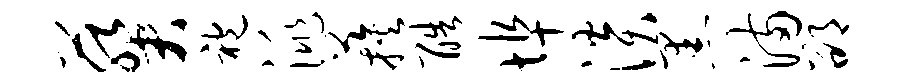
葵袍洮蔟酷埠淡黑满邵